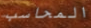
المحاسب